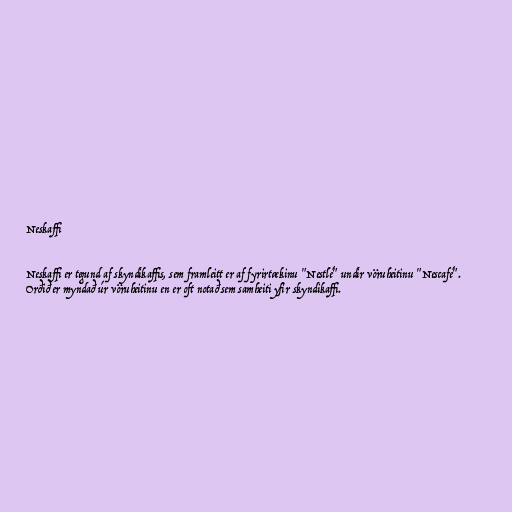
Neskaffi

Neskaffi er tegund af skyndikaffis, sem framleitt er af fyrirtækinu "Nestlé" undir vöruheitinu "Nescafé".
Orðið er myndað úr vöruheitinu en er oft notað sem samheiti yfir skyndikaffi.